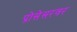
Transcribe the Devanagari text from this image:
प्रोसेसरवर